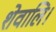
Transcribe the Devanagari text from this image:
शेवालि।